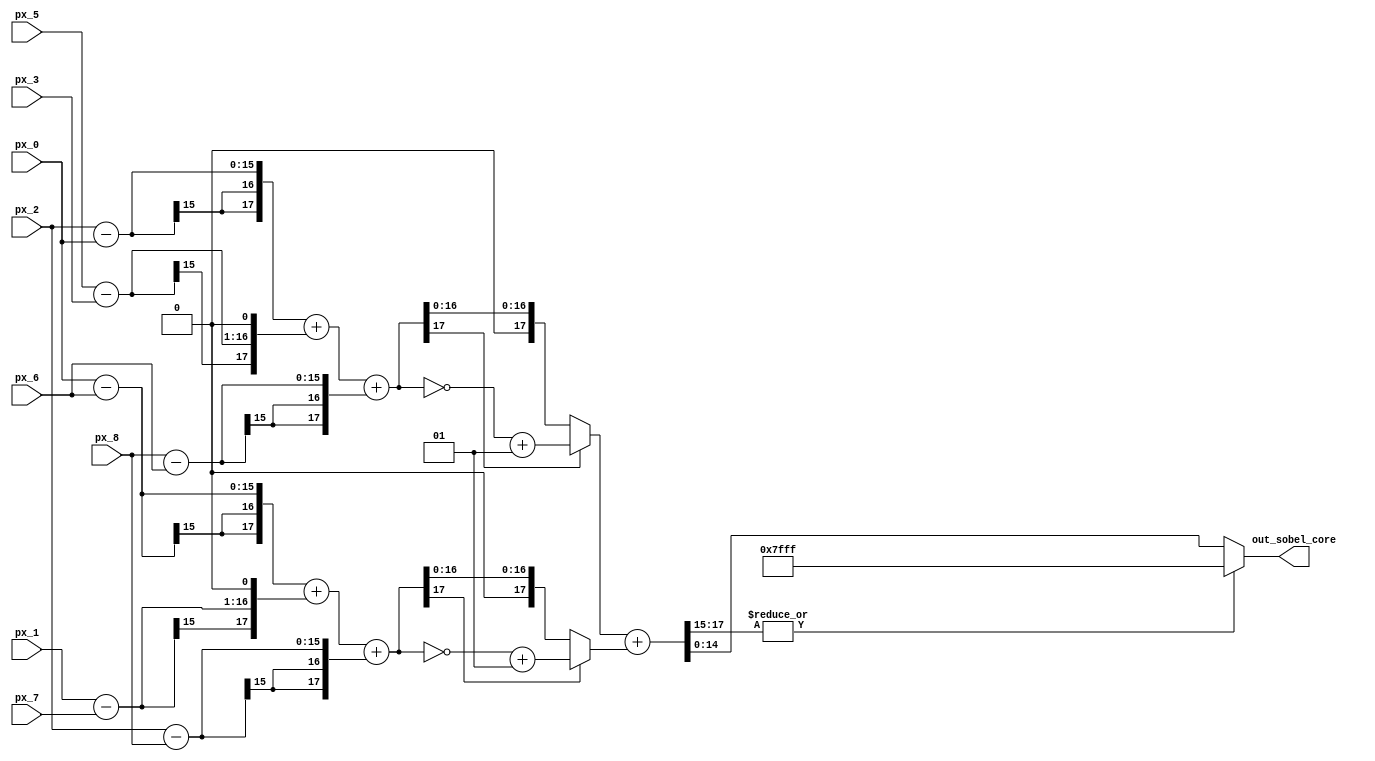
module sobel_core (
        input wire  [14:0] px_0, 
        input wire  [14:0] px_1, 
        input wire  [14:0] px_2, 
        input wire  [14:0] px_3, 
        input wire  [14:0] px_5, 
        input wire  [14:0] px_6, 
        input wire  [14:0] px_7, 
        input wire  [14:0] px_8,  		
        output wire [14:0] out_sobel_core          						
    );

    wire signed [17:0] gx;
    wire signed [17:0] gy;    						         
    wire signed [17:0] abs_gx;
    wire signed [17:0] abs_gy;  				
    wire [17:0] sum;      								

    assign gx=((px_2-px_0)+((px_5-px_3)<<1)+(px_8-px_6));		
    assign gy=((px_0-px_6)+((px_1-px_7)<<1)+(px_2-px_8));		

    assign abs_gx = (gx[17]? ~gx+1 : gx);  		
    assign abs_gy = (gy[17]? ~gy+1 : gy);  		

    assign sum = (abs_gx + abs_gy);    
    assign out_sobel_core = (|sum[17:15])? 15'h7FFF : sum[14:0];  

endmodule